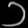
Digit: ၁